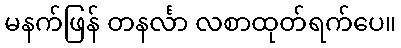
မနက်ဖြန် တနင်္လာ လစာထုတ်ရက်ပေ။